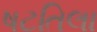
ષટતિલા